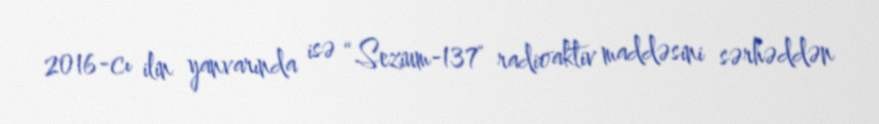
2016-cı ilin yanvarında isə “Sezium-137" radioaktiv maddəsini sərhəddən